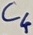
Text: C4